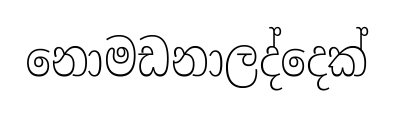
නොමඩනාලද්දෙක්